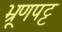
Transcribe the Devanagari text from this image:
भ्रूणपट्ट